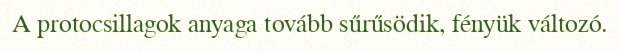
A protocsillagok anyaga tovább sűrűsödik, fényük változó.